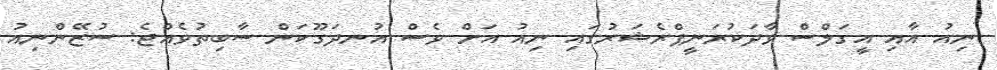
ނިއު އާއި އީގަލްސް ވާދަކުރަނީޕްރެޝަރުގައި ނިއު އަށް ވެސް އުނދަގޫކަން ސާބިތުވެއްޖެ: ސުޒޭންނިއު